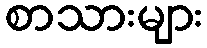
စာသားများ